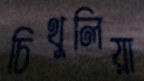
চিথুলিয়া